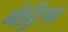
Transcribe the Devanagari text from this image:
मेट्रिस